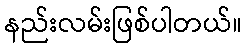
နည်းလမ်းဖြစ်ပါတယ်။